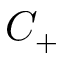
C _ { + }